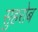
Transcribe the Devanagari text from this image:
सुहरोब